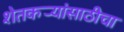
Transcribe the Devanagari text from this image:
शेतकर्‍यांसाठीचा